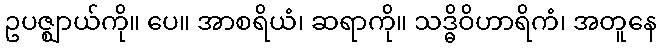
ဥပဇ္ဈာယ်ကို။ ပေ။ အာစရိယံ၊ ဆရာကို။ သဒ္ဓိဝိဟာရိကံ၊ အတူနေ